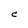
Character: C